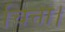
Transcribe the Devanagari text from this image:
चित्ता।